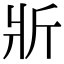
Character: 斨